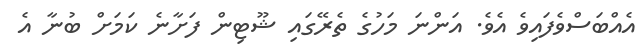
އެއްބަސްވެފައިވެ އެވެ. އަންނަ މަހުގެ ތެރޭގައި ޝޫޓިން ފަށާނެ ކަމަށް ބުނާ އެ